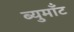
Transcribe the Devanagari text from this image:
ब्युमाँट